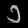
Digit: ၁